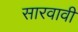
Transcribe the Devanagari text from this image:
सारवावी